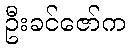
ဦးခင်ဇော်က